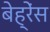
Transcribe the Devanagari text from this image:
बेह्रेंस